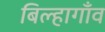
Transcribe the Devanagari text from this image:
बिल्हागाँव